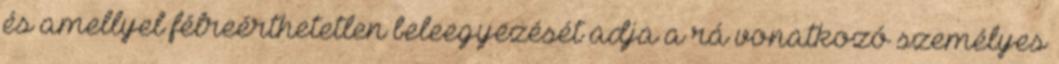
és amellyel félreérthetetlen beleegyezését adja a rá vonatkozó személyes